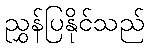
ညွှန်ပြနိုင်သည်